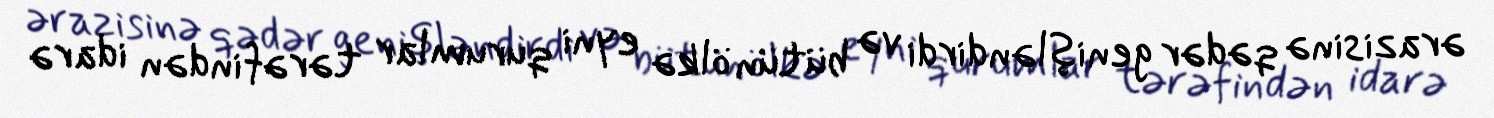
ərazisinə qədər genişləndirdi və bütün ölkə eyni qurumlar tərəfindən idarə